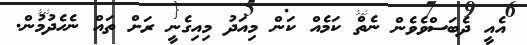
އެއީ ދެބަސްވެވެން ނެތް ކަމެއް ކަން މިއަދު މިއިގެނީ ރަށް ތައް ނެހެދުމުން.